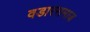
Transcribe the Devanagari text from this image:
वडारसमाज